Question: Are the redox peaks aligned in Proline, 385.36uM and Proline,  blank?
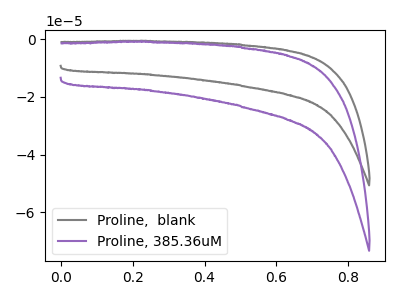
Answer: <think>The gray curve "Proline,  blank" has no peaks. The purple curve "Proline, 385.36uM" has no peaks.</think>
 <answer>Niether CV has any peaks.</answer>
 <eval>blanks</eval>